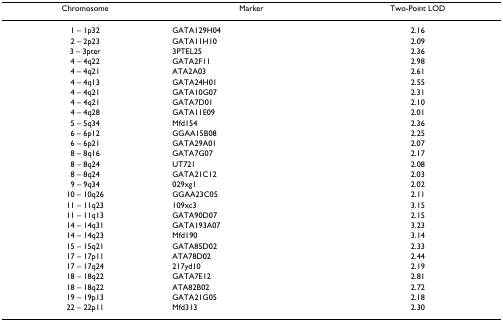
<table><thead><tr><td><b>Chromosome</b></td><td><b>Marker</b></td><td><b>Two-Point LOD</b></td></tr></thead><tbody><tr><td>1 – 1p32</td><td>GATA129H04</td><td>2.16</td></tr><tr><td>2 – 2p23</td><td>GATA11H10</td><td>2.09</td></tr><tr><td>3 – 3pter</td><td>3PTEL25</td><td>2.36</td></tr><tr><td>4 – 4q22</td><td>GATA2F11</td><td>2.98</td></tr><tr><td>4 – 4q21</td><td>ATA2A03</td><td>2.61</td></tr><tr><td>4 – 4q13</td><td>GATA24H01</td><td>2.55</td></tr><tr><td>4 – 4q21</td><td>GATA10G07</td><td>2.31</td></tr><tr><td>4 – 4q21</td><td>GATA7D01</td><td>2.10</td></tr><tr><td>4 – 4q28</td><td>GATA11E09</td><td>2.01</td></tr><tr><td>5 – 5q34</td><td>Mfd154</td><td>2.36</td></tr><tr><td>6 – 6p12</td><td>GGAA15B08</td><td>2.25</td></tr><tr><td>6 – 6p21</td><td>GATA29A01</td><td>2.07</td></tr><tr><td>8 – 8q16</td><td>GATA7G07</td><td>2.17</td></tr><tr><td>8 – 8q24</td><td>UT721</td><td>2.08</td></tr><tr><td>8 – 8q24</td><td>GATA21C12</td><td>2.03</td></tr><tr><td>9 – 9q34</td><td>029xg1</td><td>2.02</td></tr><tr><td>10 – 10q26</td><td>GGAA23C05</td><td>2.11</td></tr><tr><td>11 – 11q23</td><td>109xc3</td><td>3.15</td></tr><tr><td>11 – 11q13</td><td>GATA90D07</td><td>2.15</td></tr><tr><td>14 – 14q31</td><td>GATA193A07</td><td>3.23</td></tr><tr><td>14 – 14q23</td><td>Mfd190</td><td>3.14</td></tr><tr><td>15 – 15q21</td><td>GATA85D02</td><td>2.33</td></tr><tr><td>17 – 17p11</td><td>ATA78D02</td><td>2.44</td></tr><tr><td>17 – 17q24</td><td>217yd10</td><td>2.19</td></tr><tr><td>18 – 18q22</td><td>GATA7E12</td><td>2.81</td></tr><tr><td>18 – 18q22</td><td>ATA82B02</td><td>2.72</td></tr><tr><td>19 – 19p13</td><td>GATA21G05</td><td>2.18</td></tr><tr><td>22 – 22p11</td><td>Mfd313</td><td>2.30</td></tr></tbody></table>